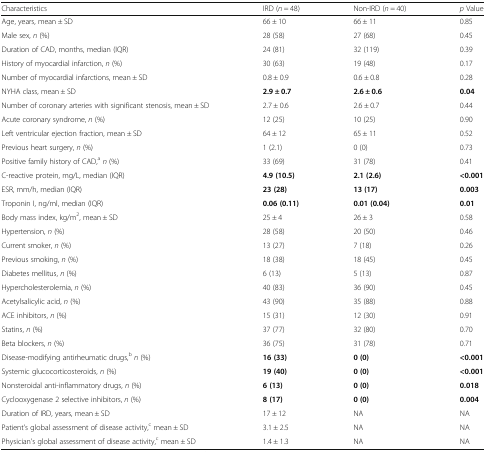
<table><thead><tr><td><b>Characteristics</b></td><td><b>IRD (<i>n</i> = 48)</b></td><td><b>Non-IRD (<i>n</i> = 40)</b></td><td><b><i>p</i> Value</b></td></tr></thead><tbody><tr><td>Age, years, mean ± SD</td><td>66 ± 10</td><td>66 ± 11</td><td>0.85</td></tr><tr><td>Male sex, <i>n</i> (%)</td><td>28 (58)</td><td>27 (68)</td><td>0.45</td></tr><tr><td>Duration of CAD, months, median (IQR)</td><td>24 (81)</td><td>32 (119)</td><td>0.39</td></tr><tr><td>History of myocardial infarction, <i>n</i> (%)</td><td>30 (63)</td><td>19 (48)</td><td>0.17</td></tr><tr><td>Number of myocardial infarctions, mean ± SD</td><td>0.8 ± 0.9</td><td>0.6 ± 0.8</td><td>0.28</td></tr><tr><td>NYHA class, mean ± SD</td><td><b>2.9 ± 0.7</b></td><td><b>2.6 ± 0.6</b></td><td><b>0.04</b></td></tr><tr><td>Number of coronary arteries with significant stenosis, mean ± SD</td><td>2.7 ± 0.6</td><td>2.6 ± 0.7</td><td>0.44</td></tr><tr><td>Acute coronary syndrome, <i>n</i> (%)</td><td>12 (25)</td><td>10 (25)</td><td>0.90</td></tr><tr><td>Left ventricular ejection fraction, mean ± SD</td><td>64 ± 12</td><td>65 ± 11</td><td>0.52</td></tr><tr><td>Previous heart surgery, <i>n</i> (%)</td><td>1 (2.1)</td><td>0 (0)</td><td>0.73</td></tr><tr><td>Positive family history of CAD,<sup>a</sup><i>n</i> (%)</td><td>33 (69)</td><td>31 (78)</td><td>0.41</td></tr><tr><td>C-reactive protein, mg/L, median (IQR)</td><td><b>4.9 (10.5)</b></td><td><b>2.1 (2.6)</b></td><td><b>&lt;0.001</b></td></tr><tr><td>ESR, mm/h, median (IQR)</td><td><b>23 (28)</b></td><td><b>13 (17)</b></td><td><b>0.003</b></td></tr><tr><td>Troponin I, ng/ml, median (IQR)</td><td><b>0.06 (0.11)</b></td><td><b>0.01 (0.04)</b></td><td><b>0.01</b></td></tr><tr><td>Body mass index, kg/m<sup>2</sup>, mean ± SD</td><td>25 ± 4</td><td>26 ± 3</td><td>0.58</td></tr><tr><td>Hypertension, <i>n</i> (%)</td><td>28 (58)</td><td>20 (50)</td><td>0.46</td></tr><tr><td>Current smoker, <i>n</i> (%)</td><td>13 (27)</td><td>7 (18)</td><td>0.26</td></tr><tr><td>Previous smoking, <i>n</i> (%)</td><td>18 (38)</td><td>18 (45)</td><td>0.45</td></tr><tr><td>Diabetes mellitus, <i>n</i> (%)</td><td>6 (13)</td><td>5 (13)</td><td>0.87</td></tr><tr><td>Hypercholesterolemia, <i>n</i> (%)</td><td>40 (83)</td><td>36 (90)</td><td>0.45</td></tr><tr><td>Acetylsalicylic acid, <i>n</i> (%)</td><td>43 (90)</td><td>35 (88)</td><td>0.88</td></tr><tr><td>ACE inhibitors, <i>n</i> (%)</td><td>15 (31)</td><td>12 (30)</td><td>0.91</td></tr><tr><td>Statins, <i>n</i> (%)</td><td>37 (77)</td><td>32 (80)</td><td>0.70</td></tr><tr><td>Beta blockers, <i>n</i> (%)</td><td>36 (75)</td><td>31 (78)</td><td>0.71</td></tr><tr><td>Disease-modifying antirheumatic drugs,<sup>b</sup><i>n</i> (%)</td><td><b>16 (33)</b></td><td><b>0 (0)</b></td><td><b>&lt;0.001</b></td></tr><tr><td>Systemic glucocorticosteroids, <i>n</i> (%)</td><td><b>19 (40)</b></td><td><b>0 (0)</b></td><td><b>&lt;0.001</b></td></tr><tr><td>Nonsteroidal anti-inflammatory drugs, <i>n</i> (%)</td><td><b>6 (13)</b></td><td><b>0 (0)</b></td><td><b>0.018</b></td></tr><tr><td>Cyclooxygenase 2 selective inhibitors, <i>n</i> (%)</td><td><b>8 (17)</b></td><td><b>0 (0)</b></td><td><b>0.004</b></td></tr><tr><td>Duration of IRD, years, mean ± SD</td><td>17 ± 12</td><td>NA</td><td>NA</td></tr><tr><td>Patient’s global assessment of disease activity,<sup>c</sup> mean ± SD</td><td>3.1 ± 2.5</td><td>NA</td><td>NA</td></tr><tr><td>Physician’s global assessment of disease activity,<sup>c</sup> mean ± SD</td><td>1.4 ± 1.3</td><td>NA</td><td>NA</td></tr></tbody></table>